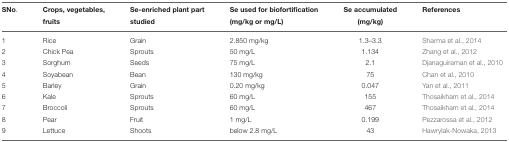
<table><thead><tr><td><b>SNo.</b></td><td><b>Crops, vegetables, fruits</b></td><td><b>Se-enriched plant part studied</b></td><td><b>Se used for biofortification (mg/kg or mg/L)</b></td><td><b>Se accumulated (mg/kg)</b></td><td><b>References</b></td></tr></thead><tbody><tr><td>1</td><td>Rice</td><td>Grain</td><td>2.850 mg/kg</td><td>1.3–3.3</td><td>Sharma et al., 2014</td></tr><tr><td>2</td><td>Chick Pea</td><td>Sprouts</td><td>50 mg/L</td><td>1.134</td><td>Zhang et al., 2012</td></tr><tr><td>3</td><td>Sorghum</td><td>Seeds</td><td>75 mg/L</td><td>2.1</td><td>Djanaguiraman et al., 2010</td></tr><tr><td>4</td><td>Soyabean</td><td>Bean</td><td>130 mg/kg</td><td>75</td><td>Chan et al., 2010</td></tr><tr><td>5</td><td>Barley</td><td>Grain</td><td>0.20 mg/kg</td><td>0.047</td><td>Yan et al., 2011</td></tr><tr><td>6</td><td>Kale</td><td>Sprouts</td><td>60 mg/L</td><td>155</td><td>Thosaikham et al., 2014</td></tr><tr><td>7</td><td>Broccoli</td><td>Sprouts</td><td>60 mg/L</td><td>467</td><td>Thosaikham et al., 2014</td></tr><tr><td>8</td><td>Pear</td><td>Fruit</td><td>1 mg/L</td><td>0.199</td><td>Pezzarossa et al., 2012</td></tr><tr><td>9</td><td>Lettuce</td><td>Shoots</td><td>below 2.8 mg/L</td><td>43</td><td>Hawrylak-Nowaka, 2013</td></tr></tbody></table>